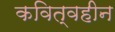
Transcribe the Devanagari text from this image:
कवित्वहीन